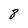
Character: 8